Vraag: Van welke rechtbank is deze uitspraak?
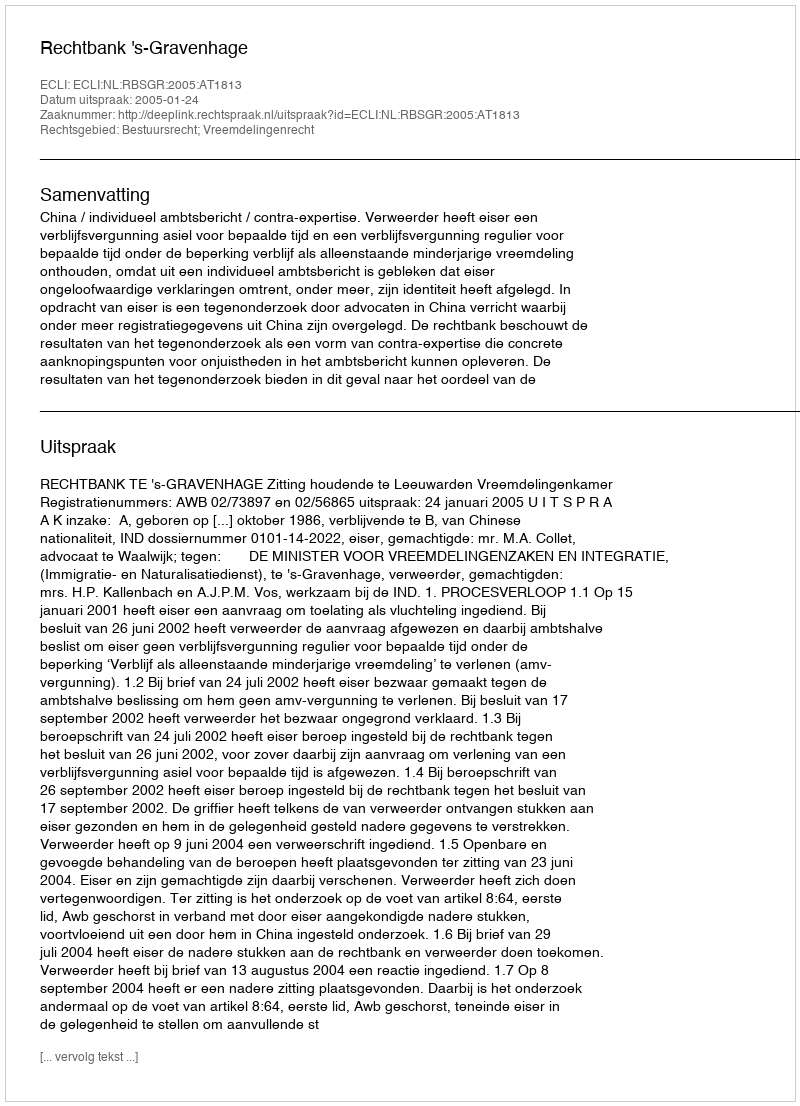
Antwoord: Rechtbank 's-Gravenhage